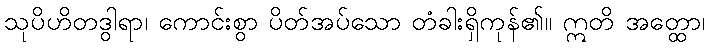
သုပိဟိတဒွါရာ၊ ကောင်းစွာ ပိတ်အပ်သော တံခါးရှိကုန်၏။ ဣတိ အတ္ထော၊